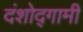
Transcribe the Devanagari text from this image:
दंशोद्गामी